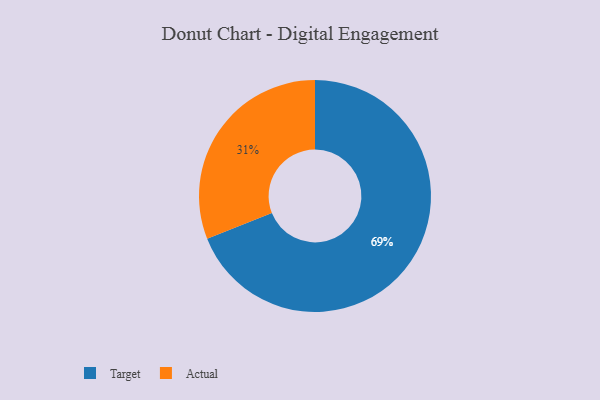
{"axis": {"x": "Category", "y": "Percentage"}, "legend": ["Actual", "Target"], "data": [{"x": "Target", "y": 69, "type": "Target"}, {"x": "Actual", "y": 31, "type": "Actual"}]}